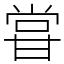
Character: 甞